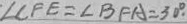
\angle C F E = \angle B F A = 3 0 ^ { \circ } .